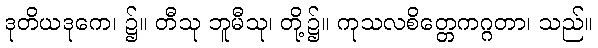
ဒုတိယဒုကေ၊ ၌။ တီသု ဘူမီသု၊ တို့၌။ ကုသလစိတ္တေကဂ္ဂတာ၊ သည်။